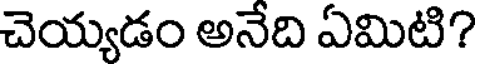
చెయ్యడం అనేది ఏమిటి?